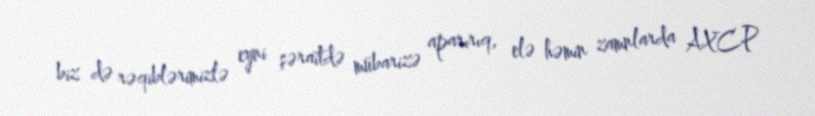
biz də rəqiblərimizlə eyni şəraitdə mübarizə aparırıq, elə həmin zamnlarda AXCP